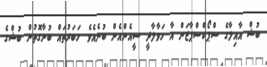
ބުޝް އާއިލާގެ ސްޕޯކްސްޕާޒަން އާ ހަވާލާދީ ސީއެންއެން ބުނެއެވެ. ހަބަރުތައް ބުނާގޮތުން ބުޝްގެ